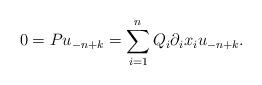
LaTeX: \begin{align*}0 = Pu_{-n+k} = \sum_{i=1}^nQ_i\partial_ix_i u_{-n+k}.\end{align*}